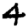
Digit: 4